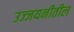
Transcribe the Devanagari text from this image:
उज्जयनीतील